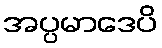
အပ္ပမာဒေပိ